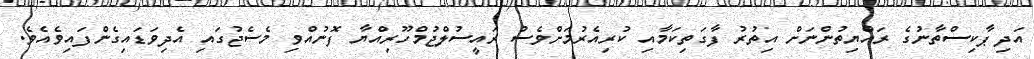
އަދި ޕާކިސްތާނުގެ ރައްޔިތުންނަށް އިތުރު ފާގަތިކަމާއި ކުރިއެރުމަށްވެސް ރައީސުލްޖުމްހޫރިއްޔާ ފޮނުއްވި މެސެޖުގައި އެދިވަޑައިގެންފައިވެއެވެ.